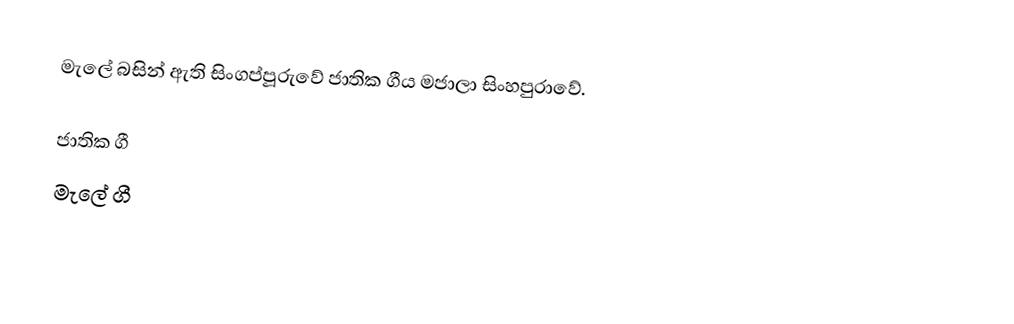
මැලේ බසින් ඇති සිංගප්පූරුවේ ජාතික ගීය මජාලා සිංහපුරාවේ.

ජාතික ගී
මැලේ ගී